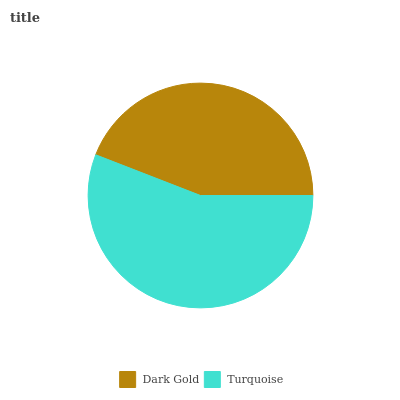
| Dark Gold | Turquoise |
 | --- | --- |
 | 44.1% | 55.9% |